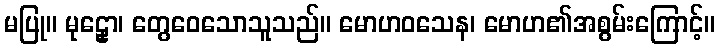
မပြု။ မုဠှော၊ တွေဝေသောသူသည်။ မောဟဝသေန၊ မောဟ၏အစွမ်းကြောင့်။